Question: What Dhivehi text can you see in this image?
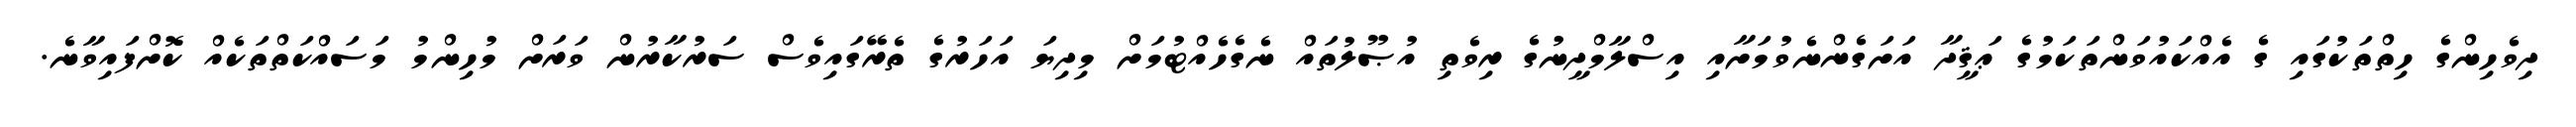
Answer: ދިވެހިންގެ ހިތްތަކުގައި ގެ އެއްކައުވަންތަކަމުގެ ޢަޤީދާ އަށަގެންނެވުމަށާއި އިސްލާމްދީނުގެ ރިވެތި އުޞޫލުތައް ނެގެހެއްޓުމަށް މިދިޔަ އަހަރުގެ ތެރޭގައިވެސް ސަރުކާރުން ވަރަށް މުހިންމު މަސައްކަތްތަކެއް ކޮށްފައިވާނެ.